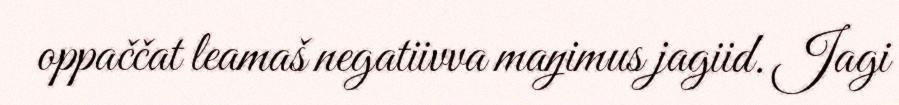
oppaččat leamaš negatiivva maŋimus jagiid. Jagi